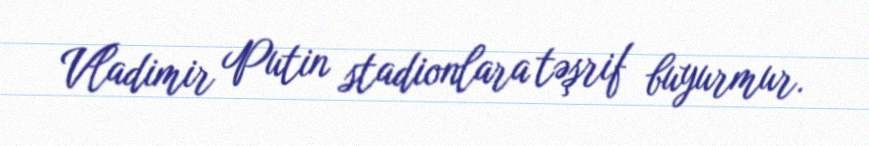
Vladimir Putin stadionlara təşrif buyurmur.